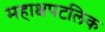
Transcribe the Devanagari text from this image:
महाक्षपटलिक